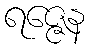
ရဇ္ဇေန